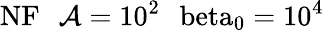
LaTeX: \mathrm{{NF}\: \: \: \mathcal{A}=10^{2}\: \: \ beta_{0}=10^{4}}